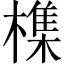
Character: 𣛜